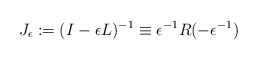
\begin{align*} J_{\epsilon}:=(I-\epsilon L)^{-1} \equiv\epsilon^{-1}R(-\epsilon^{-1})\end{align*}